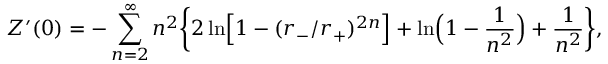
Z ^ { \prime } ( 0 ) = - \sum _ { n = 2 } ^ { \infty } n ^ { 2 } \biggr \{ 2 \ln \Bigr [ 1 - ( r _ { - } / r _ { + } ) ^ { 2 n } \Bigr ] + \ln \Bigr ( 1 - { \frac { 1 } { n ^ { 2 } } } \Bigr ) + { \frac { 1 } { n ^ { 2 } } } \biggr \} ,